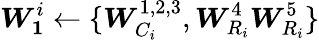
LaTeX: \boldsymbol{W_{1}}^{i}\leftarrow\{ \boldsymbol{W}_{C_{i}}^{1,2,3},\boldsymbol{W}_{R_{i}}^{4}\boldsymbol{W}_{R_{i}}^{5}\}